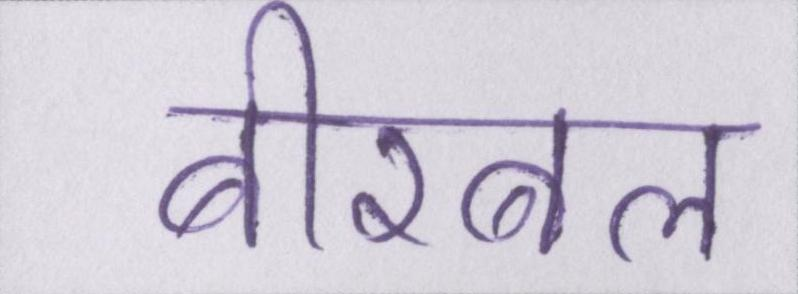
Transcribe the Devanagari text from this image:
बीरबल